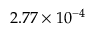
2 . 7 7 \times 1 0 ^ { - 4 }